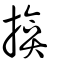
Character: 揜